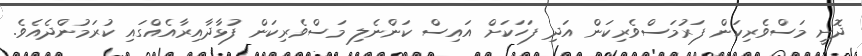
ދޮށީ މަސްވެރިކަން ފަރުމަސްވެރިކަން އަދި ފަހަކަށް އައިސް ކަންނެލި މަސްވެރިކަން ފުޅާދާއިރާއެއްގައި ކުރަމުންދެއެވެ.